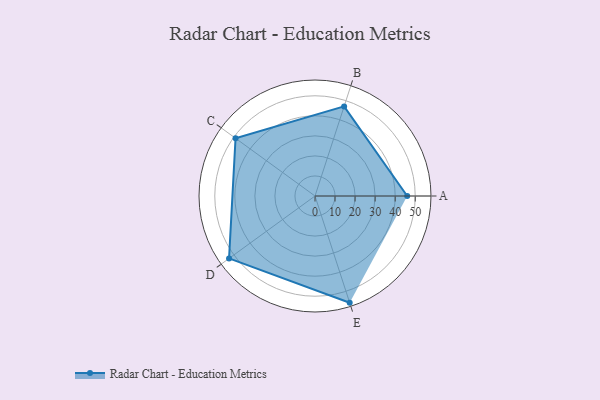
{"axis": {"x": "Skill", "y": "Score"}, "legend": ["Profile"], "data": [{"x": "A", "y": 46.0, "type": "Profile"}, {"x": "B", "y": 47.0, "type": "Profile"}, {"x": "C", "y": 49.0, "type": "Profile"}, {"x": "D", "y": 53.0, "type": "Profile"}, {"x": "E", "y": 56.0, "type": "Profile"}]}